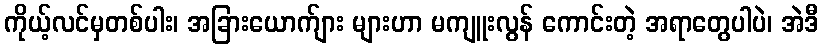
ကိုယ့်လင်မှတစ်ပါး၊ အခြားယောက်ျား များဟာ မကျူးလွန် ကောင်းတဲ့ အရာတွေပါပဲ၊ အဲဒီ